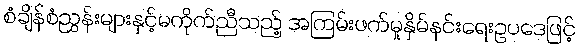
စံချိန်စံညွှန်းများနှင့်မကိုက်ညီသည့် အကြမ်းဖက်မှုနှိမ်နင်းရေးဥပဒေဖြင့်